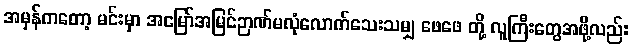
အမှန်ကတော့ မင်းမှာ အမြော်အမြင်ဉာဏ်မလုံလောက်သေးသမျှ ဖေဖေ တို့ လူကြီးတွေအဖို့လည်း